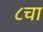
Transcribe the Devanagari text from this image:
८चा